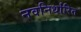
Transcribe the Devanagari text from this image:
नवनिर्धारित